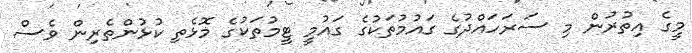
މީގެ އިތުރުން މި ސަރަހައްދުގެ ގައުމުތަކުގެ ގައުމީ ޓީމުތަކުގެ މޮޅެތި ކުޅުންތެރިން ވެސް